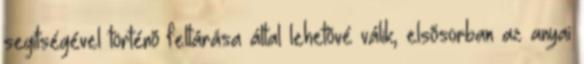
segítségével történõ feltárása által lehetõvé válik, elsõsorban az anyai